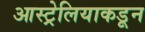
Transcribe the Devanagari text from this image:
आस्ट्रेलियाकडून